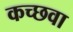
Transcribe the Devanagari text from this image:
कच्छवा